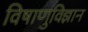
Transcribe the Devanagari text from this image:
विषाणुविज्ञान